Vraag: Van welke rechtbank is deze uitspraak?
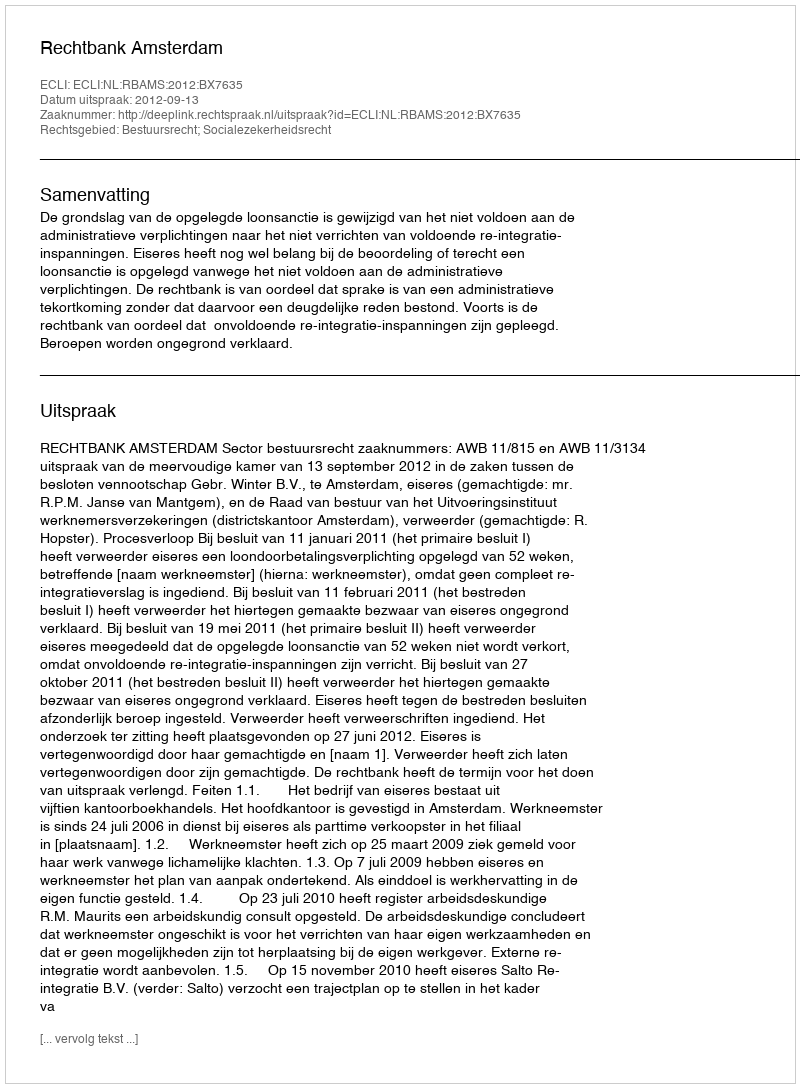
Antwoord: Rechtbank Amsterdam